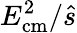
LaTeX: E_{\mathrm{{cm}}}^{2}/{\hat{s}}